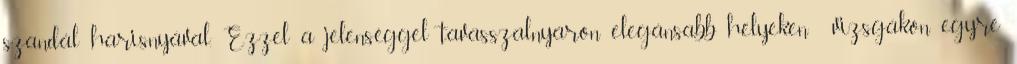
szandál harisnyával. Ezzel a jelenséggel tavasszal,nyáron elegánsabb helyeken vizsgákon egyre